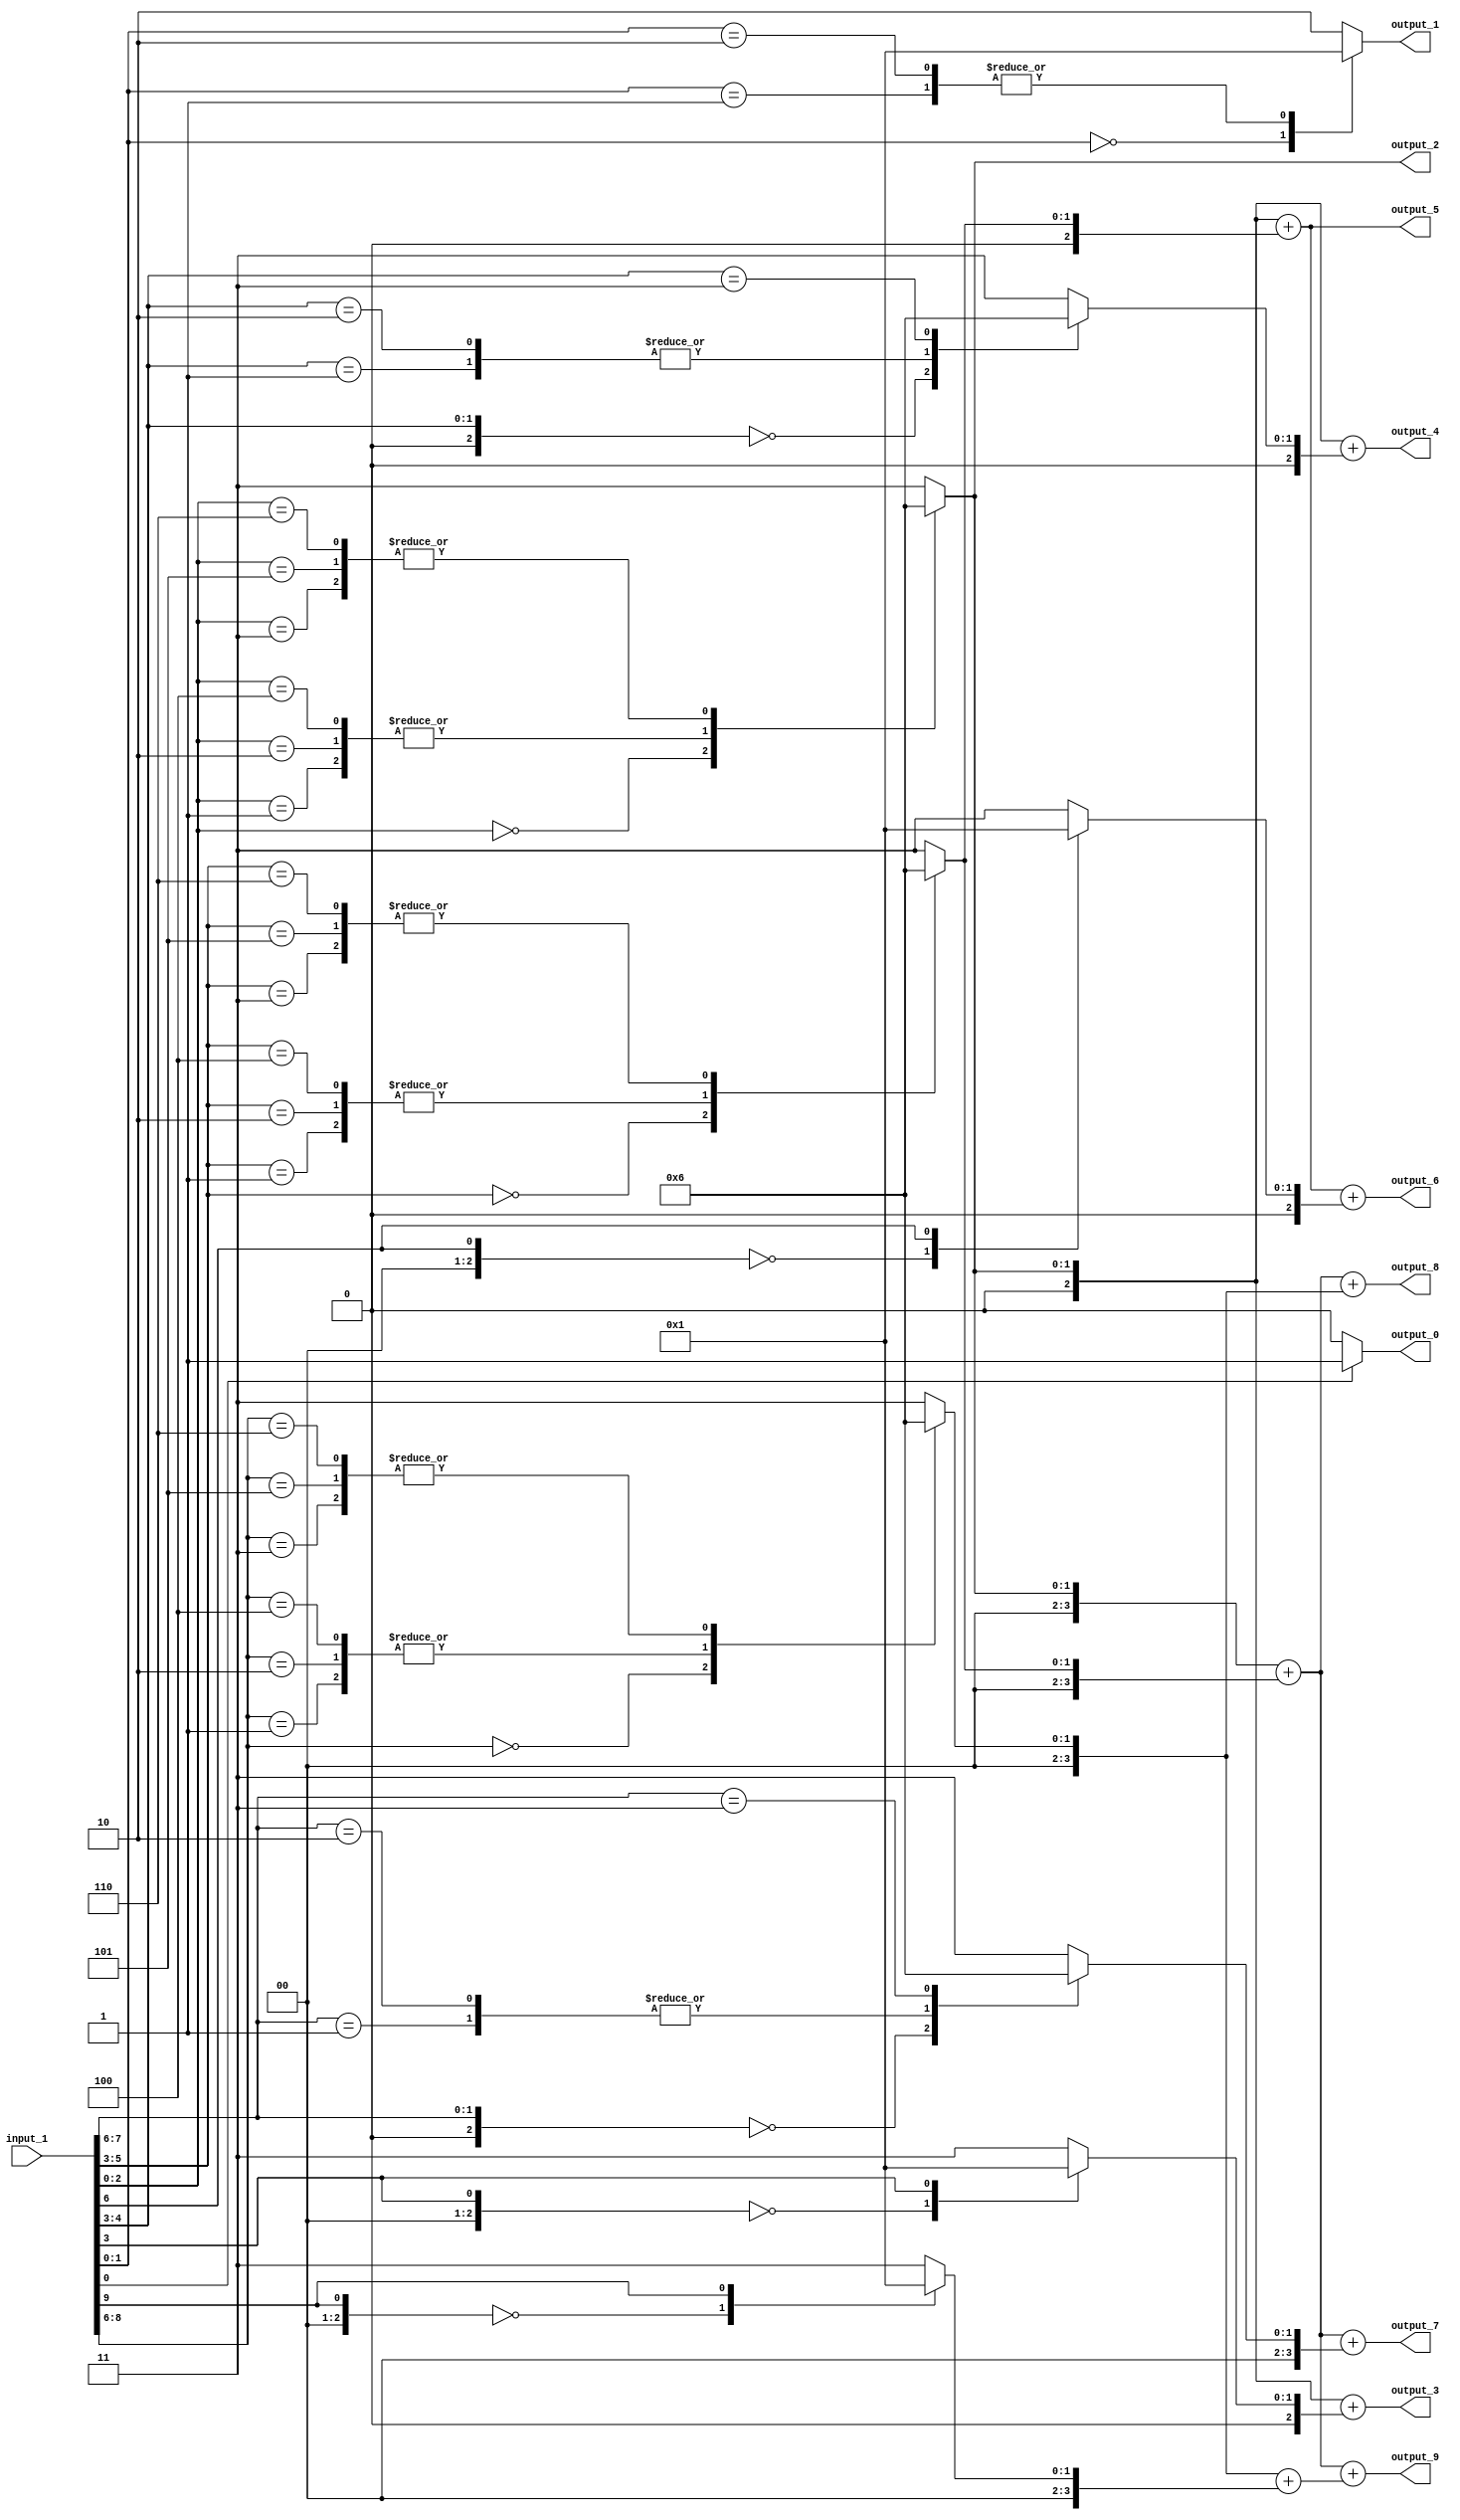
// Generator : SpinalHDL v1.4.3    git head : adf552d8f500e7419fff395b7049228e4bc5de26
// Component : unnamed
// Git hash  : adf552d8f500e7419fff395b7049228e4bc5de26



module unnamed (
  input      [9:0]    input_1,
  output     [0:0]    output_0,
  output     [1:0]    output_1,
  output     [1:0]    output_2,
  output     [2:0]    output_3,
  output     [2:0]    output_4,
  output     [2:0]    output_5,
  output     [2:0]    output_6,
  output     [3:0]    output_7,
  output     [3:0]    output_8,
  output     [3:0]    output_9
);
  reg        [0:0]    _zz_66;
  reg        [1:0]    _zz_67;
  reg        [1:0]    _zz_68;
  reg        [2:0]    _zz_69;
  reg        [2:0]    _zz_70;
  reg        [2:0]    _zz_71;
  reg        [2:0]    _zz_72;
  reg        [2:0]    _zz_73;
  reg        [2:0]    _zz_74;
  reg        [2:0]    _zz_75;
  reg        [2:0]    _zz_76;
  reg        [2:0]    _zz_77;
  reg        [3:0]    _zz_78;
  reg        [3:0]    _zz_79;
  reg        [3:0]    _zz_80;
  reg        [3:0]    _zz_81;
  reg        [3:0]    _zz_82;
  reg        [3:0]    _zz_83;
  reg        [3:0]    _zz_84;
  reg        [3:0]    _zz_85;
  reg        [3:0]    _zz_86;
  reg        [3:0]    _zz_87;
  wire       [0:0]    _zz_88;
  wire       [2:0]    _zz_89;
  wire       [1:0]    _zz_90;
  wire       [2:0]    _zz_91;
  wire       [2:0]    _zz_92;
  wire       [0:0]    _zz_93;
  wire       [2:0]    _zz_94;
  wire       [3:0]    _zz_95;
  wire       [1:0]    _zz_96;
  wire       [2:0]    _zz_97;
  wire       [3:0]    _zz_98;
  wire       [3:0]    _zz_99;
  wire       [3:0]    _zz_100;
  wire       [0:0]    _zz_101;
  wire       [2:0]    _zz_102;
  wire       [0:0]    _zz_103;
  wire       [1:0]    _zz_104;
  wire       [2:0]    _zz_105;
  wire       [2:0]    _zz_106;
  wire       [2:0]    _zz_107;
  wire       [2:0]    _zz_108;
  wire       [2:0]    _zz_109;
  wire       [2:0]    _zz_110;
  wire       [2:0]    _zz_111;
  wire       [2:0]    _zz_112;
  wire       [2:0]    _zz_113;
  wire       [2:0]    _zz_114;
  wire       [2:0]    _zz_115;
  wire       [2:0]    _zz_116;
  wire       [2:0]    _zz_117;
  wire       [2:0]    _zz_118;
  wire       [2:0]    _zz_119;
  wire                _zz_1;
  wire                _zz_2;
  wire                _zz_3;
  wire                _zz_4;
  wire                _zz_5;
  wire                _zz_6;
  wire                _zz_7;
  wire                _zz_8;
  wire                _zz_9;
  wire       [2:0]    _zz_10;
  wire       [2:0]    _zz_11;
  wire       [2:0]    _zz_12;
  wire       [2:0]    _zz_13;
  wire       [2:0]    _zz_14;
  wire       [2:0]    _zz_15;
  wire       [2:0]    _zz_16;
  wire       [2:0]    _zz_17;
  wire       [2:0]    _zz_18;
  wire       [2:0]    _zz_19;
  wire       [2:0]    _zz_20;
  wire       [2:0]    _zz_21;
  wire       [2:0]    _zz_22;
  wire       [2:0]    _zz_23;
  wire       [2:0]    _zz_24;
  wire       [2:0]    _zz_25;
  wire       [2:0]    _zz_26;
  wire       [2:0]    _zz_27;
  wire       [2:0]    _zz_28;
  wire       [2:0]    _zz_29;
  wire       [2:0]    _zz_30;
  wire       [2:0]    _zz_31;
  wire       [2:0]    _zz_32;
  wire       [2:0]    _zz_33;
  wire       [2:0]    _zz_34;
  wire       [2:0]    _zz_35;
  wire       [2:0]    _zz_36;
  wire       [2:0]    _zz_37;
  wire       [2:0]    _zz_38;
  wire       [2:0]    _zz_39;
  wire       [2:0]    _zz_40;
  wire       [2:0]    _zz_41;
  wire       [3:0]    _zz_42;
  wire       [3:0]    _zz_43;
  wire       [3:0]    _zz_44;
  wire       [3:0]    _zz_45;
  wire       [3:0]    _zz_46;
  wire       [3:0]    _zz_47;
  wire       [3:0]    _zz_48;
  wire       [3:0]    _zz_49;
  wire       [3:0]    _zz_50;
  wire       [3:0]    _zz_51;
  wire       [3:0]    _zz_52;
  wire       [3:0]    _zz_53;
  wire       [3:0]    _zz_54;
  wire       [3:0]    _zz_55;
  wire       [3:0]    _zz_56;
  wire       [3:0]    _zz_57;
  wire       [3:0]    _zz_58;
  wire       [3:0]    _zz_59;
  wire       [3:0]    _zz_60;
  wire       [3:0]    _zz_61;
  wire       [3:0]    _zz_62;
  wire       [3:0]    _zz_63;
  wire       [3:0]    _zz_64;
  wire       [3:0]    _zz_65;

  assign _zz_88 = _zz_4;
  assign _zz_89 = {2'd0, _zz_88};
  assign _zz_90 = {_zz_5,_zz_4};
  assign _zz_91 = {1'd0, _zz_90};
  assign _zz_92 = (_zz_75 + _zz_76);
  assign _zz_93 = _zz_7;
  assign _zz_94 = {2'd0, _zz_93};
  assign _zz_95 = (_zz_78 + _zz_79);
  assign _zz_96 = {_zz_8,_zz_7};
  assign _zz_97 = {1'd0, _zz_96};
  assign _zz_98 = (_zz_81 + _zz_82);
  assign _zz_99 = (_zz_84 + _zz_85);
  assign _zz_100 = (_zz_86 + _zz_87);
  assign _zz_101 = input_1[9];
  assign _zz_102 = {2'd0, _zz_101};
  assign _zz_103 = _zz_1;
  assign _zz_104 = {_zz_2,_zz_1};
  assign _zz_105 = {_zz_3,{_zz_2,_zz_1}};
  assign _zz_106 = {_zz_3,{_zz_2,_zz_1}};
  assign _zz_107 = {_zz_3,{_zz_2,_zz_1}};
  assign _zz_108 = {_zz_3,{_zz_2,_zz_1}};
  assign _zz_109 = {_zz_6,{_zz_5,_zz_4}};
  assign _zz_110 = {_zz_3,{_zz_2,_zz_1}};
  assign _zz_111 = {_zz_6,{_zz_5,_zz_4}};
  assign _zz_112 = {_zz_3,{_zz_2,_zz_1}};
  assign _zz_113 = {_zz_6,{_zz_5,_zz_4}};
  assign _zz_114 = {_zz_3,{_zz_2,_zz_1}};
  assign _zz_115 = {_zz_6,{_zz_5,_zz_4}};
  assign _zz_116 = {_zz_9,{_zz_8,_zz_7}};
  assign _zz_117 = {_zz_3,{_zz_2,_zz_1}};
  assign _zz_118 = {_zz_6,{_zz_5,_zz_4}};
  assign _zz_119 = {_zz_9,{_zz_8,_zz_7}};
  always @(*) begin
    case(_zz_103)
      1'b0 : begin
        _zz_66 = 1'b0;
      end
      default : begin
        _zz_66 = 1'b1;
      end
    endcase
  end

  always @(*) begin
    case(_zz_104)
      2'b00 : begin
        _zz_67 = 2'b00;
      end
      2'b01 : begin
        _zz_67 = 2'b01;
      end
      2'b10 : begin
        _zz_67 = 2'b01;
      end
      default : begin
        _zz_67 = 2'b10;
      end
    endcase
  end

  always @(*) begin
    case(_zz_105)
      3'b000 : begin
        _zz_68 = 2'b00;
      end
      3'b001 : begin
        _zz_68 = 2'b01;
      end
      3'b010 : begin
        _zz_68 = 2'b01;
      end
      3'b011 : begin
        _zz_68 = 2'b10;
      end
      3'b100 : begin
        _zz_68 = 2'b01;
      end
      3'b101 : begin
        _zz_68 = 2'b10;
      end
      3'b110 : begin
        _zz_68 = 2'b10;
      end
      default : begin
        _zz_68 = 2'b11;
      end
    endcase
  end

  always @(*) begin
    case(_zz_106)
      3'b000 : begin
        _zz_69 = _zz_10;
      end
      3'b001 : begin
        _zz_69 = _zz_11;
      end
      3'b010 : begin
        _zz_69 = _zz_12;
      end
      3'b011 : begin
        _zz_69 = _zz_13;
      end
      3'b100 : begin
        _zz_69 = _zz_14;
      end
      3'b101 : begin
        _zz_69 = _zz_15;
      end
      3'b110 : begin
        _zz_69 = _zz_16;
      end
      default : begin
        _zz_69 = _zz_17;
      end
    endcase
  end

  always @(*) begin
    case(_zz_89)
      3'b000 : begin
        _zz_70 = _zz_10;
      end
      3'b001 : begin
        _zz_70 = _zz_11;
      end
      3'b010 : begin
        _zz_70 = _zz_12;
      end
      3'b011 : begin
        _zz_70 = _zz_13;
      end
      3'b100 : begin
        _zz_70 = _zz_14;
      end
      3'b101 : begin
        _zz_70 = _zz_15;
      end
      3'b110 : begin
        _zz_70 = _zz_16;
      end
      default : begin
        _zz_70 = _zz_17;
      end
    endcase
  end

  always @(*) begin
    case(_zz_107)
      3'b000 : begin
        _zz_71 = _zz_18;
      end
      3'b001 : begin
        _zz_71 = _zz_19;
      end
      3'b010 : begin
        _zz_71 = _zz_20;
      end
      3'b011 : begin
        _zz_71 = _zz_21;
      end
      3'b100 : begin
        _zz_71 = _zz_22;
      end
      3'b101 : begin
        _zz_71 = _zz_23;
      end
      3'b110 : begin
        _zz_71 = _zz_24;
      end
      default : begin
        _zz_71 = _zz_25;
      end
    endcase
  end

  always @(*) begin
    case(_zz_91)
      3'b000 : begin
        _zz_72 = _zz_18;
      end
      3'b001 : begin
        _zz_72 = _zz_19;
      end
      3'b010 : begin
        _zz_72 = _zz_20;
      end
      3'b011 : begin
        _zz_72 = _zz_21;
      end
      3'b100 : begin
        _zz_72 = _zz_22;
      end
      3'b101 : begin
        _zz_72 = _zz_23;
      end
      3'b110 : begin
        _zz_72 = _zz_24;
      end
      default : begin
        _zz_72 = _zz_25;
      end
    endcase
  end

  always @(*) begin
    case(_zz_108)
      3'b000 : begin
        _zz_73 = _zz_26;
      end
      3'b001 : begin
        _zz_73 = _zz_27;
      end
      3'b010 : begin
        _zz_73 = _zz_28;
      end
      3'b011 : begin
        _zz_73 = _zz_29;
      end
      3'b100 : begin
        _zz_73 = _zz_30;
      end
      3'b101 : begin
        _zz_73 = _zz_31;
      end
      3'b110 : begin
        _zz_73 = _zz_32;
      end
      default : begin
        _zz_73 = _zz_33;
      end
    endcase
  end

  always @(*) begin
    case(_zz_109)
      3'b000 : begin
        _zz_74 = _zz_26;
      end
      3'b001 : begin
        _zz_74 = _zz_27;
      end
      3'b010 : begin
        _zz_74 = _zz_28;
      end
      3'b011 : begin
        _zz_74 = _zz_29;
      end
      3'b100 : begin
        _zz_74 = _zz_30;
      end
      3'b101 : begin
        _zz_74 = _zz_31;
      end
      3'b110 : begin
        _zz_74 = _zz_32;
      end
      default : begin
        _zz_74 = _zz_33;
      end
    endcase
  end

  always @(*) begin
    case(_zz_110)
      3'b000 : begin
        _zz_75 = _zz_34;
      end
      3'b001 : begin
        _zz_75 = _zz_35;
      end
      3'b010 : begin
        _zz_75 = _zz_36;
      end
      3'b011 : begin
        _zz_75 = _zz_37;
      end
      3'b100 : begin
        _zz_75 = _zz_38;
      end
      3'b101 : begin
        _zz_75 = _zz_39;
      end
      3'b110 : begin
        _zz_75 = _zz_40;
      end
      default : begin
        _zz_75 = _zz_41;
      end
    endcase
  end

  always @(*) begin
    case(_zz_111)
      3'b000 : begin
        _zz_76 = _zz_34;
      end
      3'b001 : begin
        _zz_76 = _zz_35;
      end
      3'b010 : begin
        _zz_76 = _zz_36;
      end
      3'b011 : begin
        _zz_76 = _zz_37;
      end
      3'b100 : begin
        _zz_76 = _zz_38;
      end
      3'b101 : begin
        _zz_76 = _zz_39;
      end
      3'b110 : begin
        _zz_76 = _zz_40;
      end
      default : begin
        _zz_76 = _zz_41;
      end
    endcase
  end

  always @(*) begin
    case(_zz_94)
      3'b000 : begin
        _zz_77 = _zz_34;
      end
      3'b001 : begin
        _zz_77 = _zz_35;
      end
      3'b010 : begin
        _zz_77 = _zz_36;
      end
      3'b011 : begin
        _zz_77 = _zz_37;
      end
      3'b100 : begin
        _zz_77 = _zz_38;
      end
      3'b101 : begin
        _zz_77 = _zz_39;
      end
      3'b110 : begin
        _zz_77 = _zz_40;
      end
      default : begin
        _zz_77 = _zz_41;
      end
    endcase
  end

  always @(*) begin
    case(_zz_112)
      3'b000 : begin
        _zz_78 = _zz_42;
      end
      3'b001 : begin
        _zz_78 = _zz_43;
      end
      3'b010 : begin
        _zz_78 = _zz_44;
      end
      3'b011 : begin
        _zz_78 = _zz_45;
      end
      3'b100 : begin
        _zz_78 = _zz_46;
      end
      3'b101 : begin
        _zz_78 = _zz_47;
      end
      3'b110 : begin
        _zz_78 = _zz_48;
      end
      default : begin
        _zz_78 = _zz_49;
      end
    endcase
  end

  always @(*) begin
    case(_zz_113)
      3'b000 : begin
        _zz_79 = _zz_42;
      end
      3'b001 : begin
        _zz_79 = _zz_43;
      end
      3'b010 : begin
        _zz_79 = _zz_44;
      end
      3'b011 : begin
        _zz_79 = _zz_45;
      end
      3'b100 : begin
        _zz_79 = _zz_46;
      end
      3'b101 : begin
        _zz_79 = _zz_47;
      end
      3'b110 : begin
        _zz_79 = _zz_48;
      end
      default : begin
        _zz_79 = _zz_49;
      end
    endcase
  end

  always @(*) begin
    case(_zz_97)
      3'b000 : begin
        _zz_80 = _zz_42;
      end
      3'b001 : begin
        _zz_80 = _zz_43;
      end
      3'b010 : begin
        _zz_80 = _zz_44;
      end
      3'b011 : begin
        _zz_80 = _zz_45;
      end
      3'b100 : begin
        _zz_80 = _zz_46;
      end
      3'b101 : begin
        _zz_80 = _zz_47;
      end
      3'b110 : begin
        _zz_80 = _zz_48;
      end
      default : begin
        _zz_80 = _zz_49;
      end
    endcase
  end

  always @(*) begin
    case(_zz_114)
      3'b000 : begin
        _zz_81 = _zz_50;
      end
      3'b001 : begin
        _zz_81 = _zz_51;
      end
      3'b010 : begin
        _zz_81 = _zz_52;
      end
      3'b011 : begin
        _zz_81 = _zz_53;
      end
      3'b100 : begin
        _zz_81 = _zz_54;
      end
      3'b101 : begin
        _zz_81 = _zz_55;
      end
      3'b110 : begin
        _zz_81 = _zz_56;
      end
      default : begin
        _zz_81 = _zz_57;
      end
    endcase
  end

  always @(*) begin
    case(_zz_115)
      3'b000 : begin
        _zz_82 = _zz_50;
      end
      3'b001 : begin
        _zz_82 = _zz_51;
      end
      3'b010 : begin
        _zz_82 = _zz_52;
      end
      3'b011 : begin
        _zz_82 = _zz_53;
      end
      3'b100 : begin
        _zz_82 = _zz_54;
      end
      3'b101 : begin
        _zz_82 = _zz_55;
      end
      3'b110 : begin
        _zz_82 = _zz_56;
      end
      default : begin
        _zz_82 = _zz_57;
      end
    endcase
  end

  always @(*) begin
    case(_zz_116)
      3'b000 : begin
        _zz_83 = _zz_50;
      end
      3'b001 : begin
        _zz_83 = _zz_51;
      end
      3'b010 : begin
        _zz_83 = _zz_52;
      end
      3'b011 : begin
        _zz_83 = _zz_53;
      end
      3'b100 : begin
        _zz_83 = _zz_54;
      end
      3'b101 : begin
        _zz_83 = _zz_55;
      end
      3'b110 : begin
        _zz_83 = _zz_56;
      end
      default : begin
        _zz_83 = _zz_57;
      end
    endcase
  end

  always @(*) begin
    case(_zz_117)
      3'b000 : begin
        _zz_84 = _zz_58;
      end
      3'b001 : begin
        _zz_84 = _zz_59;
      end
      3'b010 : begin
        _zz_84 = _zz_60;
      end
      3'b011 : begin
        _zz_84 = _zz_61;
      end
      3'b100 : begin
        _zz_84 = _zz_62;
      end
      3'b101 : begin
        _zz_84 = _zz_63;
      end
      3'b110 : begin
        _zz_84 = _zz_64;
      end
      default : begin
        _zz_84 = _zz_65;
      end
    endcase
  end

  always @(*) begin
    case(_zz_118)
      3'b000 : begin
        _zz_85 = _zz_58;
      end
      3'b001 : begin
        _zz_85 = _zz_59;
      end
      3'b010 : begin
        _zz_85 = _zz_60;
      end
      3'b011 : begin
        _zz_85 = _zz_61;
      end
      3'b100 : begin
        _zz_85 = _zz_62;
      end
      3'b101 : begin
        _zz_85 = _zz_63;
      end
      3'b110 : begin
        _zz_85 = _zz_64;
      end
      default : begin
        _zz_85 = _zz_65;
      end
    endcase
  end

  always @(*) begin
    case(_zz_119)
      3'b000 : begin
        _zz_86 = _zz_58;
      end
      3'b001 : begin
        _zz_86 = _zz_59;
      end
      3'b010 : begin
        _zz_86 = _zz_60;
      end
      3'b011 : begin
        _zz_86 = _zz_61;
      end
      3'b100 : begin
        _zz_86 = _zz_62;
      end
      3'b101 : begin
        _zz_86 = _zz_63;
      end
      3'b110 : begin
        _zz_86 = _zz_64;
      end
      default : begin
        _zz_86 = _zz_65;
      end
    endcase
  end

  always @(*) begin
    case(_zz_102)
      3'b000 : begin
        _zz_87 = _zz_58;
      end
      3'b001 : begin
        _zz_87 = _zz_59;
      end
      3'b010 : begin
        _zz_87 = _zz_60;
      end
      3'b011 : begin
        _zz_87 = _zz_61;
      end
      3'b100 : begin
        _zz_87 = _zz_62;
      end
      3'b101 : begin
        _zz_87 = _zz_63;
      end
      3'b110 : begin
        _zz_87 = _zz_64;
      end
      default : begin
        _zz_87 = _zz_65;
      end
    endcase
  end

  assign _zz_1 = input_1[0];
  assign _zz_2 = input_1[1];
  assign _zz_3 = input_1[2];
  assign _zz_4 = input_1[3];
  assign _zz_5 = input_1[4];
  assign _zz_6 = input_1[5];
  assign _zz_7 = input_1[6];
  assign _zz_8 = input_1[7];
  assign _zz_9 = input_1[8];
  assign output_0 = _zz_66;
  assign output_1 = _zz_67;
  assign output_2 = _zz_68;
  assign _zz_10 = 3'b000;
  assign _zz_11 = 3'b001;
  assign _zz_12 = 3'b001;
  assign _zz_13 = 3'b010;
  assign _zz_14 = 3'b001;
  assign _zz_15 = 3'b010;
  assign _zz_16 = 3'b010;
  assign _zz_17 = 3'b011;
  assign output_3 = (_zz_69 + _zz_70);
  assign _zz_18 = 3'b000;
  assign _zz_19 = 3'b001;
  assign _zz_20 = 3'b001;
  assign _zz_21 = 3'b010;
  assign _zz_22 = 3'b001;
  assign _zz_23 = 3'b010;
  assign _zz_24 = 3'b010;
  assign _zz_25 = 3'b011;
  assign output_4 = (_zz_71 + _zz_72);
  assign _zz_26 = 3'b000;
  assign _zz_27 = 3'b001;
  assign _zz_28 = 3'b001;
  assign _zz_29 = 3'b010;
  assign _zz_30 = 3'b001;
  assign _zz_31 = 3'b010;
  assign _zz_32 = 3'b010;
  assign _zz_33 = 3'b011;
  assign output_5 = (_zz_73 + _zz_74);
  assign _zz_34 = 3'b000;
  assign _zz_35 = 3'b001;
  assign _zz_36 = 3'b001;
  assign _zz_37 = 3'b010;
  assign _zz_38 = 3'b001;
  assign _zz_39 = 3'b010;
  assign _zz_40 = 3'b010;
  assign _zz_41 = 3'b011;
  assign output_6 = (_zz_92 + _zz_77);
  assign _zz_42 = 4'b0000;
  assign _zz_43 = 4'b0001;
  assign _zz_44 = 4'b0001;
  assign _zz_45 = 4'b0010;
  assign _zz_46 = 4'b0001;
  assign _zz_47 = 4'b0010;
  assign _zz_48 = 4'b0010;
  assign _zz_49 = 4'b0011;
  assign output_7 = (_zz_95 + _zz_80);
  assign _zz_50 = 4'b0000;
  assign _zz_51 = 4'b0001;
  assign _zz_52 = 4'b0001;
  assign _zz_53 = 4'b0010;
  assign _zz_54 = 4'b0001;
  assign _zz_55 = 4'b0010;
  assign _zz_56 = 4'b0010;
  assign _zz_57 = 4'b0011;
  assign output_8 = (_zz_98 + _zz_83);
  assign _zz_58 = 4'b0000;
  assign _zz_59 = 4'b0001;
  assign _zz_60 = 4'b0001;
  assign _zz_61 = 4'b0010;
  assign _zz_62 = 4'b0001;
  assign _zz_63 = 4'b0010;
  assign _zz_64 = 4'b0010;
  assign _zz_65 = 4'b0011;
  assign output_9 = (_zz_99 + _zz_100);

endmodule